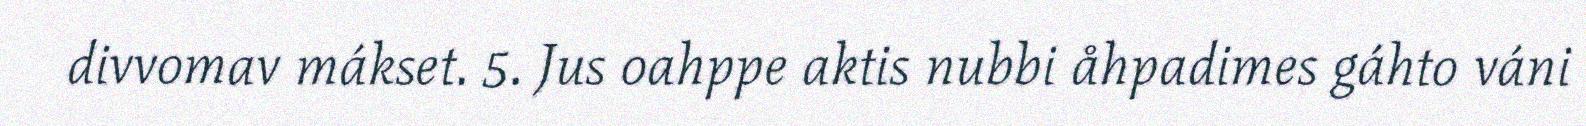
divvomav mákset. 5. Jus oahppe aktis nubbi åhpadimes gáhto váni